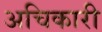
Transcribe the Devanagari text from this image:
अचिकारी